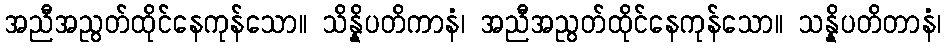
အညီအညွတ်ထိုင်နေကုန်သော။ သိန္နိပတိကာနံ၊ အညီအညွတ်ထိုင်နေကုန်သော။ သန္နိပတိတာနံ၊